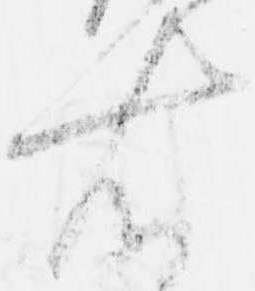
右